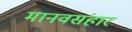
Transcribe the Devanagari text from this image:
मानवसंहार